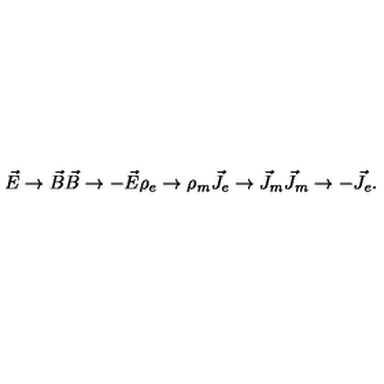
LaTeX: \vec { E } \rightarrow \vec { B } \vec { B } \rightarrow - \vec { E } \rho _ { e } \rightarrow \rho _ { m } \vec { J } _ { e } \rightarrow \vec { J } _ { m } \vec { J } _ { m } \rightarrow - \vec { J } _ { e } .